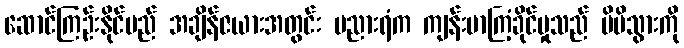
ဆောင်ကြဉ်းနိုင်မည် အချိန်ဇယားအတွင်း ဗညားရံက ကျန်းမာကြံ့ခိုင်မှုသည် မိမိသွားကို